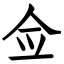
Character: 佥